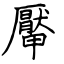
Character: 厴